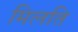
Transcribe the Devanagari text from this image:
मिलति